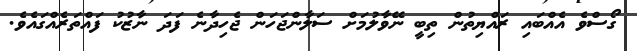
ގޯސްވެ އެއްބައި ރައްްޔިތުންް ތިބީ ނޭވާލުމަށް ސަލާންޖަހަން ޖެހިދާނެ ފަދަ ނާޒުކު ފައްތަރެއްގައެވެ.